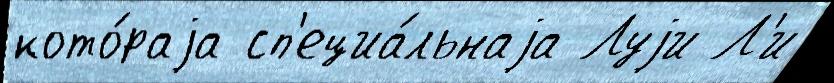
кото́раjа сп'ециа́льнаjа Луjи Л'и